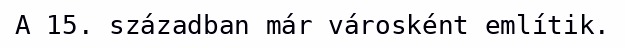
A 15. században már városként említik.